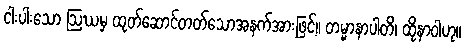
ငါးပါးသော ဩဃမှ ထုတ်ဆောင်တတ်သောအနက်အားဖြင့်။ တမ္မာနာပါတိ၊ ထိုနာဝါဟု။